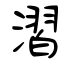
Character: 漝